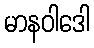
မာနဝါဒေါ